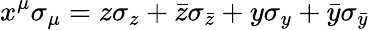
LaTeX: x^{\mu}\sigma_{\mu}=z\sigma_{z}+\bar{z}\sigma_{\bar{z}}+y\sigma_{y}+\bar{y}\sigma_{\bar{y}}